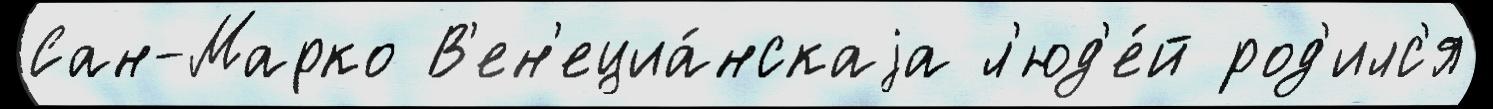
Сан-Марко В'ен'ециа́нскаjа л'юд'е́й род'илс'я